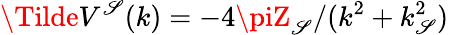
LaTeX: \Tilde{V}^{\mathscr{S}}(k)=-4\piZ_{\mathscr{S}}/(k^{2}+k_{\mathscr{S}}^{2})